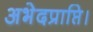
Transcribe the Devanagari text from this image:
अभेदप्राप्ति।